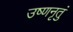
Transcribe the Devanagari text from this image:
उष्णनृतुं